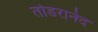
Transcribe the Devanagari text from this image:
तोडरानंद